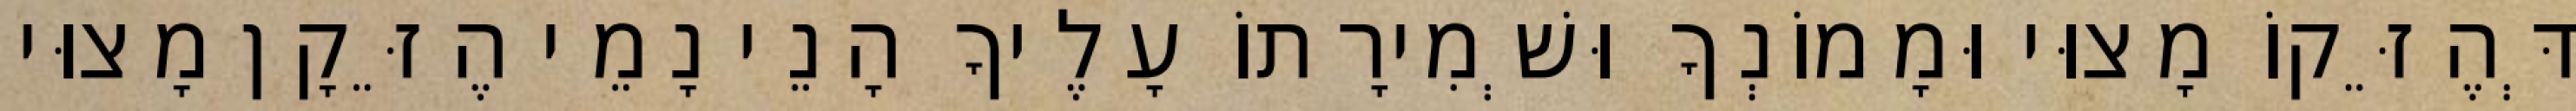
דְּהֶזֵּקוֹ מָצוּי וּמָמוֹנְךָ וּשְׁמִירָתוֹ עָלֶיךָ הָנֵי נָמֵי הֶזֵּקָן מָצוּי